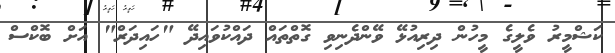
ކަޝްމީރު ވެލީގެ މީހުން ދިރިއުޅޭ ވޭންދެނިވި ގޮތްތައް ދައްކުވައިދޭ "ހައިދަރް" އަށް ބޮކްސް